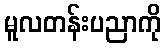
မူလတန်းပညာကို